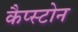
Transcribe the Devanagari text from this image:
कैप्स्टोन